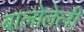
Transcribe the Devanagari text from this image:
बालोतेली